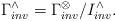
LaTeX: \begin{align*}\Gamma^{\wedge}_{inv}=\Gamma^{\otimes}_{inv}/I_{inv}^{\wedge}.\end{align*}